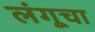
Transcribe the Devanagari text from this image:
लंगूचा